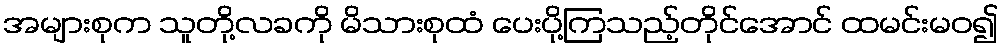
အများစုက သူတို့လခကို မိသားစုထံ ပေးပို့ကြသည့်တိုင်အောင် ထမင်းမဝ၍